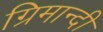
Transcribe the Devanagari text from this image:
ग्रिमान्दी